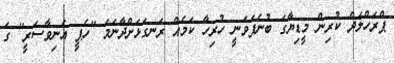
ޕްރަހްލަދް ކުރިން މީޑިޔާގަ ބުނެފަވަނީ ހުރިހާ ކަމެއް ރަނގަޅަށްދާނަމަ ''ހެޕީ އެނިވާސަރީ'' ގަ